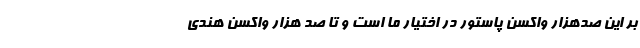
بر این صدهزار واکسن پاستور در اختیار ما است و تا صد هزار واکسن هندی